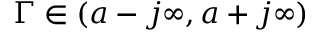
\Gamma \in ( a - j \infty , a + j \infty )